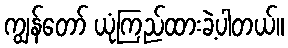
ကျွန်တော် ယုံကြည်ထားခဲ့ပါတယ်။